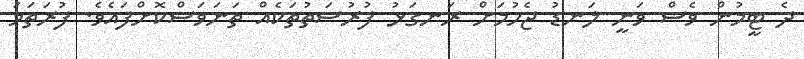
ދެ ޓީމުން ވެސް ވަނީ ލަނޑު ޖެހުމަށް ރަނގަޅު ފުރުސަތުތަކެއް ތަނަވަސްކޮށްފައެވެ. ފުރަތަމަ